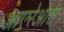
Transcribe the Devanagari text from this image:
आएरेआस